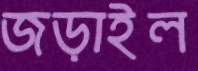
জড়াইল